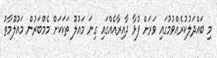
މި ބައްދަލުކުރެއްވުމުގައި ވަރަށް ފުޅާ ދާއިރާއެއްގައި ގިނަ މައުލޫ ތަކަކަށް މެމްބަރުން މައުލޫމާތު